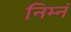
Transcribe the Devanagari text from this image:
निम्नं